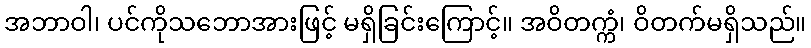
အဘာဝါ၊ ပင်ကိုသဘောအားဖြင့် မရှိခြင်းကြောင့်။ အဝိတက္ကံ၊ ဝိတက်မရှိသည်။